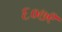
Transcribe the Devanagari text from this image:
६०७९